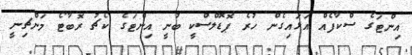
އިންޓަގެ ސްކާފެއް އަޅައިގެން ހުރެ ޕޮޑޮލްސްކީ ބުނީ އިންޓަގެ ކޯޗު ރޮބާޓޯ މަންޗިނީ